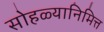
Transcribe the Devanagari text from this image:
सोहळ्यानिमित्त